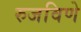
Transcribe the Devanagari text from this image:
रुजविणे